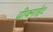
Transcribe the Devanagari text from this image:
वीक्नाईट